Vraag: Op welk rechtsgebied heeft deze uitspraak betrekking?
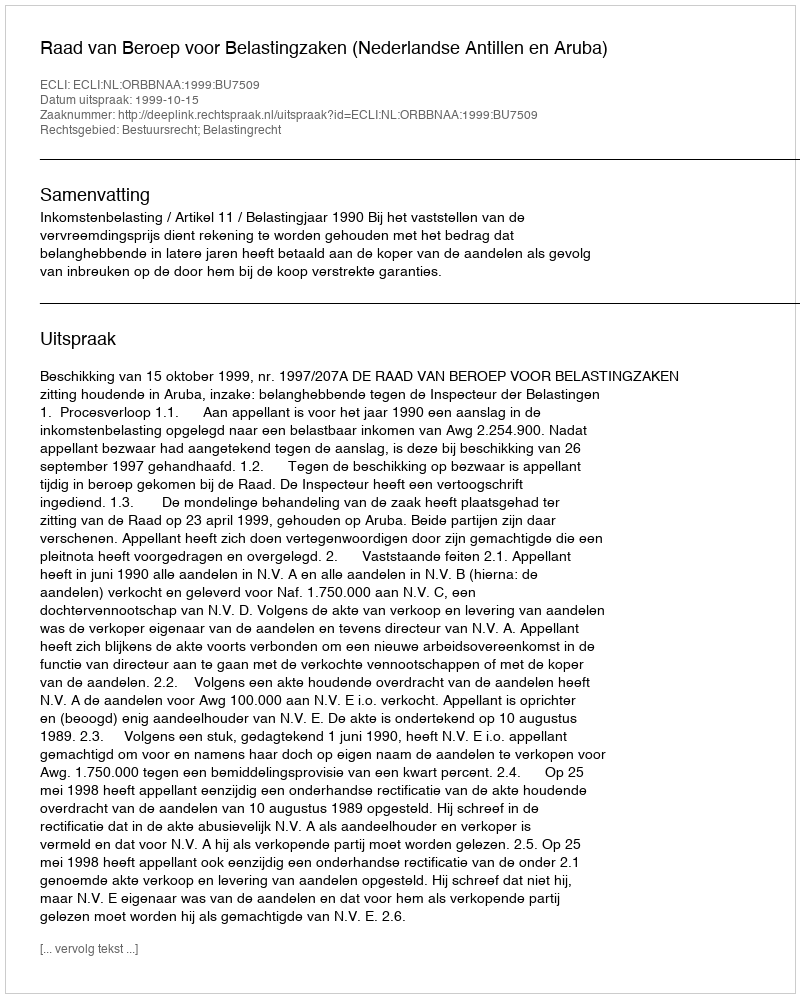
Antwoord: Bestuursrecht; Belastingrecht